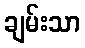
ချမ်းသာ